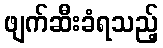
ဖျက်ဆီးခံရသည့်